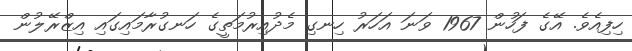
ހިފިއެވެ. އޭގެ ފަހުން 1967 ވަނަ އަހަރު ހިނގި މެދުއިރުމަތީގެ ހަނގުރާމައިގައި އިޒްރޭލުން